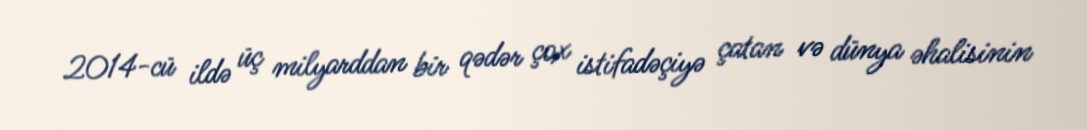
2014-cü ildə üç milyarddan bir qədər çox istifadəçiyə çatan və dünya əhalisinin